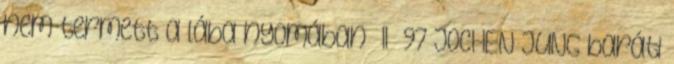
nem termett a lába nyomában” II 97 JOCHEN JUNG baráti